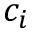
c _ { i }